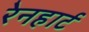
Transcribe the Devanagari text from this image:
रेनहार्ट